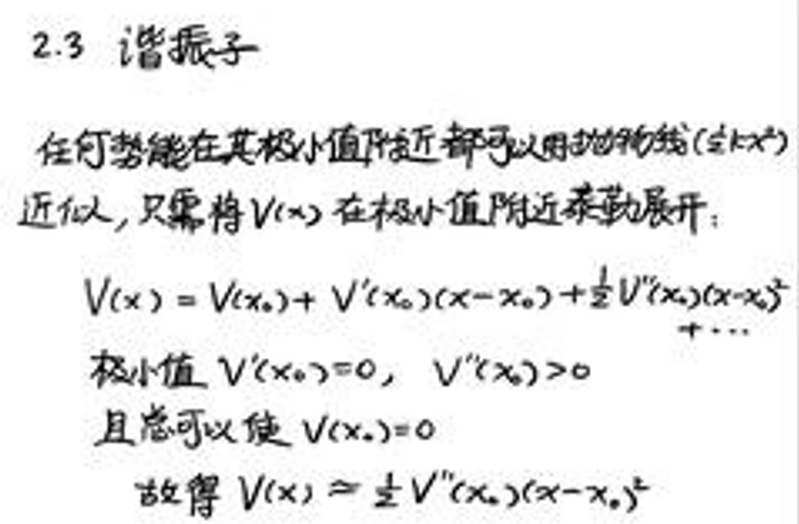
2.3 谐振子

任何势能在其极小值附近都可以用抛物线（或\(x^2\)）近似，只需将\(V(x)\)在极小值附近泰勒展开：

\[V(x)=V(x_0)+V'(x_0)(x - x_0)+\frac{1}{2}V''(x_0)(x - x_0)^2+\cdots\]

极小值 \(V'(x_0)=0\)，\(V''(x_0)>0\)

且总可以使\(V(x_0)=0\)

故得\(V(x)\approx\frac{1}{2}V''(x_0)(x - x_0)^2\)